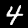
Digit: 4